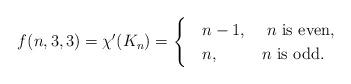
LaTeX: \begin{align*}f(n, 3, 3) =\chi'(K_n) =\begin{cases} & n-1, \;\;\; \mbox{ $n$ is even},\\& n, \;\;\; \mbox{\hskip4ex $n$ is odd.}\end{cases}\end{align*}